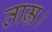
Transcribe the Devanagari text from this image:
ताम्र।